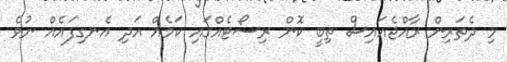
މި ދެތަރިން ރާއްޖެއައިސް ތިބީ ކޮން ރިސޯޓެއްގައި ކަމެއް އަދި އެނގިފައެއް ނުވެ